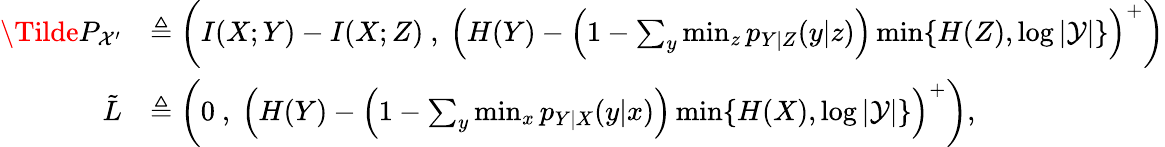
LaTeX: \begin{array}{rl}{\Tilde{P}_{\mathcal{X}^{\prime}}}&{\triangleq\bigg(I(X;Y)-I(X;Z)\ ,\ \left(H(Y)-\left(1-\sum_{y}\operatorname*{min}_{z}p_{Y|Z}(y|z)\right)\operatorname*{min}\{ H(Z),\log|\mathcal{Y}|\} \right)^{+}\bigg)}\\ {\tilde{L}}&{\triangleq\bigg(0\ ,\ \left(H(Y)-\left(1-\sum_{y}\operatorname*{min}_{x}p_{Y|X}(y|x)\right)\operatorname*{min}\{ H(X),\log|\mathcal{Y}|\} \right)^{+}\bigg),}\end{array}